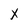
Character: x